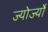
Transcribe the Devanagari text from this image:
ज्योर्ज्यो